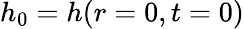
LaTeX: h_{0}=h(r=0,t=0)